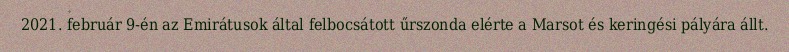
2021. február 9-én az Emirátusok által felbocsátott űrszonda elérte a Marsot és keringési pályára állt.